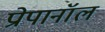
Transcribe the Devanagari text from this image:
प्रोपानॉल